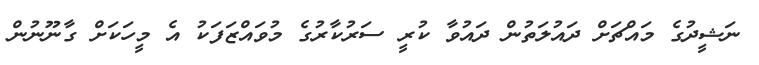
ނަޝީދުގެ މައްޗަށް ދައުލަތުން ދައުވާ ކުރީ ސަރުކާރުގެ މުވައްޒަފަކު އެ މީހަކަށް ގާނޫނުން